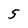
Character: 5